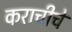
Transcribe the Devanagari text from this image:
कराचीचे